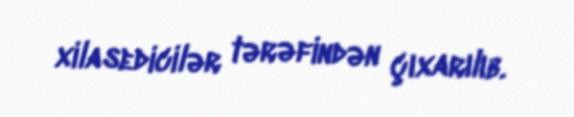
xilasedicilər tərəfindən çıxarılıb.